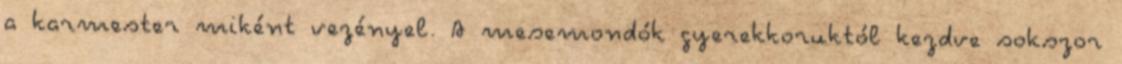
a karmester miként vezényel. A mesemondók gyerekkoruktól kezdve sokszor